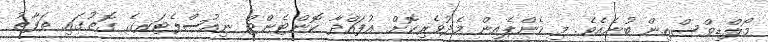
މޯލްޑިވްސްއިން ބުނެއެވެ. މި ކެންޕެއިން މެދުވެރިކޮށް އުފައްދާ ކޮންޓެންޓް ނިއުސްލެޓަރގެ ގޮތުގައި ތަފާތު